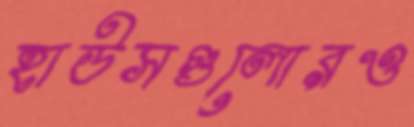
হাউসগুলোরও